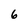
Character: 6